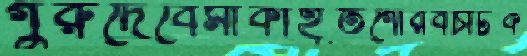
গুরুদেবেমাকাহূতগৌরবচাটক